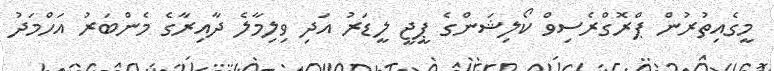
މީގެއިތުރުން ޕްރޮގްރެސިވް ކޯލިޝަންގެ ޕީޖީ ލީޑަރު އަދި ވިލިމާލެ ދާއިރާގެ މެންބަރު އަހްމަދު